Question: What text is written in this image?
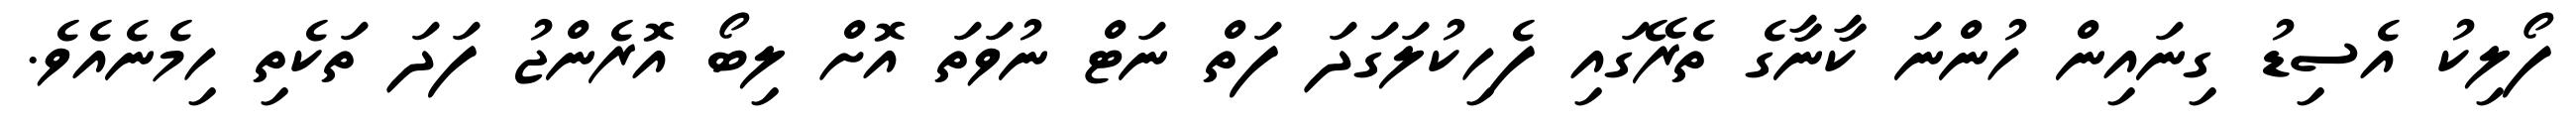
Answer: ފޯލިކު އެސިޑު ގިނައިން ހުންނަ ކާނާގެ ތެރޭގައި ފެހިކުލަގަދަ ފަތް ނަޓް ނުވަތަ އޮށް ލިބޯ އޮރެންޖު ފަދަ ތަކެތި ހިމެނެއެވެ.